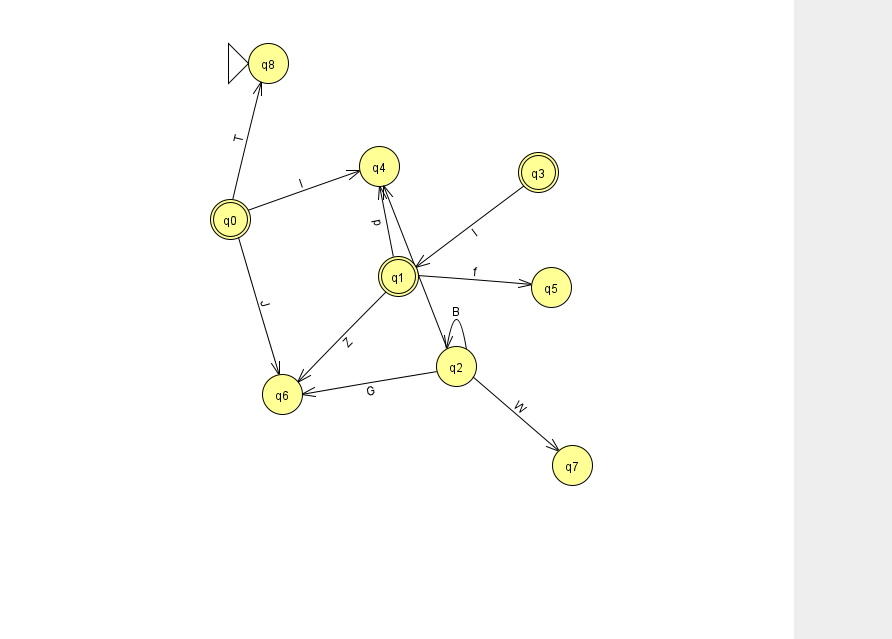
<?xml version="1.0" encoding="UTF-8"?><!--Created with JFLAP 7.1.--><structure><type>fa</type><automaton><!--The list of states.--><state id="0" name="q0"><x>230.0</x><y>206.0</y><final/></state><state id="1" name="q1"><x>398.0</x><y>263.0</y><final/></state><state id="2" name="q2"><x>456.0</x><y>353.0</y></state><state id="3" name="q3"><x>538.0</x><y>159.0</y><final/></state><state id="4" name="q4"><x>379.0</x><y>153.0</y></state><state id="5" name="q5"><x>551.0</x><y>274.0</y></state><state id="6" name="q6"><x>282.0</x><y>381.0</y></state><state id="7" name="q7"><x>572.0</x><y>452.0</y></state><state id="8" name="q8"><x>268.0</x><y>50.0</y><initial/></state><!--The list of transitions.--><transition><from>1</from><to>4</to><read>p</read></transition><transition><from>1</from><to>6</to><read>Z</read></transition><transition><from>2</from><to>2</to><read>B</read></transition><transition><from>2</from><to>4</to><read>B</read></transition><transition><from>0</from><to>8</to><read>T</read></transition><transition><from>0</from><to>6</to><read>J</read></transition><transition><from>0</from><to>4</to><read>l</read></transition><transition><from>3</from><to>1</to><read>I</read></transition><transition><from>1</from><to>5</to><read>f</read></transition><transition><from>2</from><to>7</to><read>W</read></transition><transition><from>2</from><to>6</to><read>G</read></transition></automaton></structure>